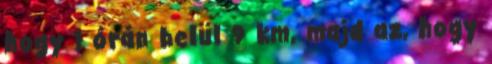
hogy 1 órán belül 9 km, majd az, hogy